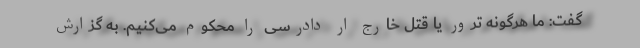
گفت: ما هرگونه ترور یا قتل خارج ار دادرسی را محکوم می‌کنیم. به گزارش